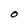
Character: O